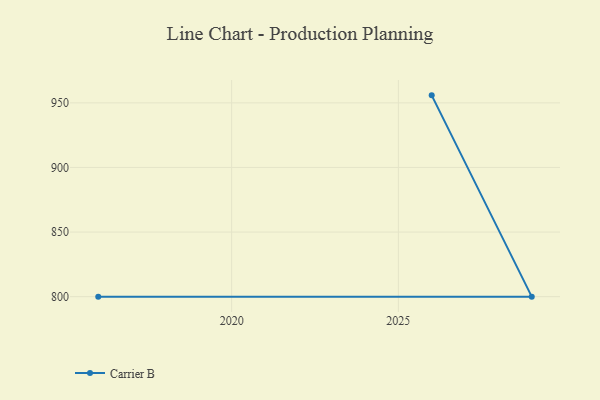
{"axis": {"x": "Year", "y": "Operating Costs (USD K)"}, "legend": ["Carrier B"], "data": [{"x": "2026", "y": 955.8, "type": "Carrier B"}, {"x": "2029", "y": 800, "type": "Carrier B"}, {"x": "2016", "y": 800, "type": "Carrier B"}]}